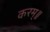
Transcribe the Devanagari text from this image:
करम्॥